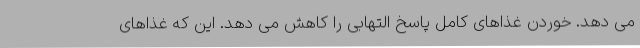
می دهد. خوردن غذاهای کامل پاسخ التهابی را کاهش می دهد. این که غذاهای